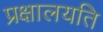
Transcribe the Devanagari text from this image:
प्रक्षालयति